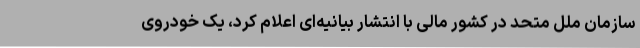
سازمان ملل متحد در کشور مالی با انتشار بیانیه‌ای اعلام کرد، یک خودروی